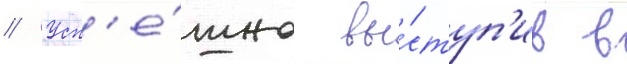
// Усп'е́шно вы́ступ'ив в